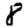
Digit: 8